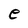
Character: e